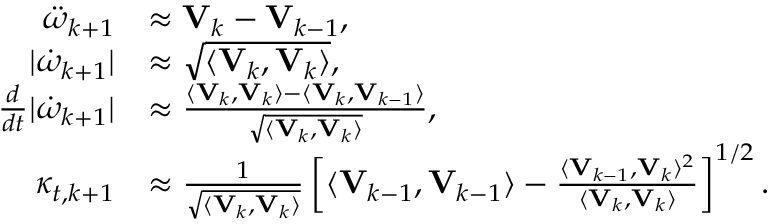
\begin{array} { r l } { \boldsymbol { \ddot { \omega } } _ { k + 1 } } & { \approx \mathbf { V } _ { k } - \mathbf { V } _ { k - 1 } , } \\ { | \boldsymbol { \dot { \omega } } _ { k + 1 } | } & { \approx \sqrt { \langle \mathbf { V } _ { k } , \mathbf { V } _ { k } \rangle } , } \\ { \frac { d } { d t } | \boldsymbol { \dot { \omega } } _ { k + 1 } | } & { \approx \frac { \langle \mathbf { V } _ { k } , \mathbf { V } _ { k } \rangle - \langle \mathbf { V } _ { k } , \mathbf { V } _ { k - 1 } \rangle } { \sqrt { \langle \mathbf { V } _ { k } , \mathbf { V } _ { k } \rangle } } , } \\ { \kappa _ { t , k + 1 } } & { \approx \frac { 1 } { \sqrt { \langle \mathbf { V } _ { k } , \mathbf { V } _ { k } \rangle } } \left[ \langle \mathbf { V } _ { k - 1 } , \mathbf { V } _ { k - 1 } \rangle - \frac { \langle \mathbf { V } _ { k - 1 } , \mathbf { V } _ { k } \rangle ^ { 2 } } { \langle \mathbf { V } _ { k } , \mathbf { V } _ { k } \rangle } \right] ^ { 1 / 2 } . } \end{array}